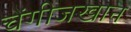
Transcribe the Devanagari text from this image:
चेंगीजखान